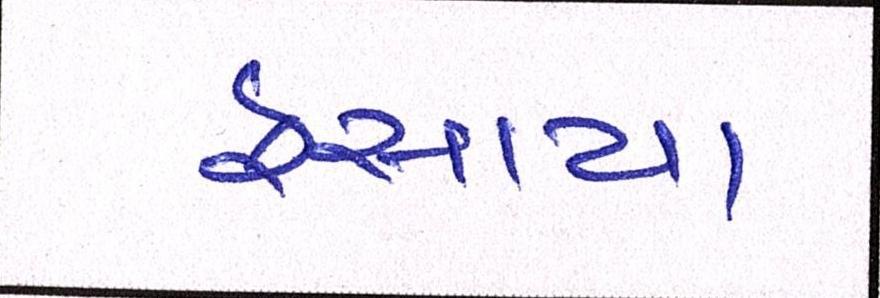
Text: ફસાયા